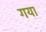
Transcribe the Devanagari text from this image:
गया